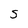
Character: S